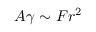
A \gamma \sim F r ^ { 2 }